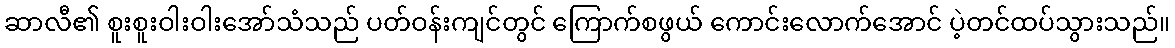
ဆာလီ၏ စူးစူးဝါးဝါးအော်သံသည် ပတ်ဝန်းကျင်တွင် ကြောက်စဖွယ် ကောင်းလောက်အောင် ပဲ့တင်ထပ်သွားသည်။